Report on vaccination in Madras 1922-1929 - 1922-1929
Year: 1922
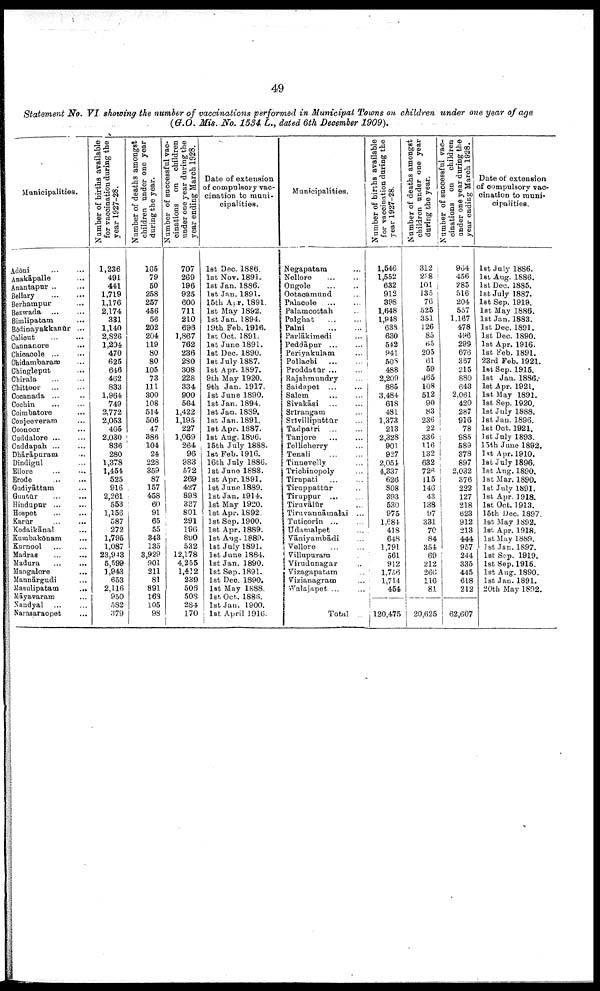
49
Statement No. VI showing the number of vaccinations performed in Municipal Towns on children under one year of age
(G.O. Mis. No. 1534 L., dated 6th December 1909).
Municipalities.
Adōni
…
…
Anakāpalle …
Anantapur ... …
Bellary
…
…
Berhampur … …
Bezwada … …
Bimlipatam …
Bōdinayakkanūr ...
Calicut
…
…
Cannanore …
Chicacole … …
Chidambaram …
Chingleput …
Chirala
…
…
Chittoor
…
…
Cocanada ... …
Cochin … …
Coimbatore …
Conjeeveram …
Coonoor …
Cuddalore … …
Cuddapah … …
Dhārāpuram …
Dindigul …
Ellore
…
…
Erode
…
…
Gudiyāttam …
Guntūr … …
Hindupur ... …
Hospet … …
Karūr … …
Kodaikānal …
Kumbakōnam
...
Kurnool … …
Madras
...
...
Madura
...
...
Mangalore …
Mannārgudi …
Masulipatam
...
Māyavaram …
Nandyal … …
Narasaraopet …
Number of births available
for vaccination during the
year 1927-28.
1,236
491
441
1,719
1,176
2,174
331
1,140
2,826
1,204
470
625
646
462
833
1,964
749
2,772
2,053
405
2,030
836
280
1,373
1,454
525
916
2,261
553
1,156
587
272
1,795
1,087
23,943
5,599
1,943
653
2,116
950
582
379
Number of deaths amongst
children under one year
during the year.
165
79
50
258
257
456
56
202
204
119
80
80
105
73
111
300
108
514
506
47
386
104
24
228
359
87
157
458
60
91
65
55
343
135
3,929
901
211
81
891
163
105
93
Number of successful vac-
cinations on children
under one year during the
year ending March 1928.
707
269
196
925
600
711
210
696
1,867
762
236
280
308
228
334
900
564
1,422
1,195
227
1,069
264
96
983
572
269
427
898
337
801
291
196
890
532
12,178
4,255
1,412
239
506
508
284
170
Date of extension
of compulsory vac
cination to muni¬
cipalities.
1st Dec. 1886.
1st Nov. 1891.
1st Jan. 1886.
1st Jan. 1891.
15th Apr. 1891.
1st May 1892.
1st Jan. 1894.
19th Feb. 1916.
1st Oct. 1891.
1st June 1891.
1st Dec. 1890.
1st July 1887.
1st Apr. 1897.
9th May 1920.
9th Jan. 1917.
1st June 1890.
1st Jan. 1894.
1st Jan. 1839.
1st Jan.1891.
1st Apr. 1887.
1st Aug. 1896.
15th July 1888.
1st Feb. 1916.
16th July 1886.
1st June 1888.
1st Apr. 1891.
1st June 1889.
1st Jan. 1914.
1st May 1920.
1st Apr. 1892.
1st Sep. 1900.
1st Apr. 1889.
1st Aug. 1889.
1st July 1891.
1st June 1884.
1st Jan. 1890.
1st Sep. 1891.
1st Dec. 1890.
1st May 1888.
1st, Oct. 1888.
1st Jan. 1900.
1st April 1916.
Municipalities.
Negapatam …
Nellore … …
Ongole … …
Ootacamund …
Palacole …
Palamcottah …
Palghat
…
…
Palni
…
…
Parlākimedi …
Peddāpur ... …
Periyakulam …
Pollachi
…
…
Proddatūr ... …
Rajahmundry …
Saidapet ... …
Salem … …
Sivakāsi … …
Srirangam …
Srivilliputtūr …
Tadpatri ... …
Tanjore
…
…
Tellicherry …
Tenali
…
…
Tinnevelly …
Trichinopoly …
Tirupati … …
Tiruppattūr …
Tiruppur … …
Tiruvālūr …
Tiruvannāmalai ...
Tuticorin ... …
Udamalpet …
Vāniyambādi …
Vellore
…
…
Villupurarm …
Virudunagar …
Vizagapatam …
Vizianagram …
Walajapet ... …
Total ..
Number of births available
for vaccination during the
year 1927-28.
1,546
1,552
632
912
398
1,648
1,948
633
630
542
941
508
488
2,209
885
3,484
618
481
1,373
213
2,328
901
927
2,054
4,337
626
808
393
530
975
1,684
418
648
1,791.
561
912
1,756
1,714
454
120,475
Number of deaths amongst
children under one year
during the year.
312
238
101
135
76
525
351
126
85
65
205
61
59
465
108
512
90
83
236
22
336
116
132
632
726
115
146
43
138
97
331
70
84
354
69
212
266
116
81
20,625
Number of successful vac
cinations on children
under one year during the
year ending March 1928.
964
456
285
516
204
557
1,167
478
496
299
676
367
215
880
643
2,061
420
287
916
78
985
589
378
897
2,032
376
222
127
218
623
912
213
444
957
244
335
445
618
212
62,607
Date of extension
of compulsory vac
cination to muni
cipalities.
1st July. 1886.
1st Aug. 1886.
1st Dec. 1885.
1st July. 1887.
1st Sep. 1919.
1st May 1886.
1st Jan.1883.
1st Dec. 1891.
1st Dec. 1890.
1st Apr. 1916.
1st Feb. 1891.
23rd Feb. 1921.
1st Sep. 1915.
1st Jan. 1886.
1st Apr. 1921.
1st May 1891.
1st Sep. 1920.
1st July 1888.
1st Jan.1896.
1st Oct. 1921.
1st July 1893.
15th June 1892.
1st Apr. 1910.
lst July 1896.
1st Aug. 1890.
1st Mar. 1890.
1st July 1891.
1st Apr. 1918.
1st Oct. 1913.
15th Dec. 1897.
1st May 1892.
1st Apr. 1918.
1st May 1889.
1st Jan. 1897.
1st Sep. 1919.
1st Sep. 1915.
1st Aug. 1890.
1st Jan.1891.
20th May 1892.